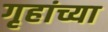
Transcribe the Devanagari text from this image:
गृहांच्या